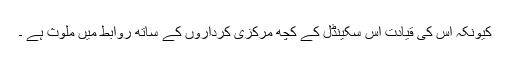
کیونکہ اس کی قیادت اس سکینڈل کے کچھ مرکزی کرداروں کے ساتھ روابط میں ملوث ہے ۔